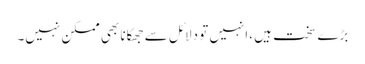
بڑے سخت ہیں ،انہیں تو دلائل سے جھکانا بھی ممکن نہیں۔